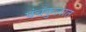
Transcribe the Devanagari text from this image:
पंचकुलात